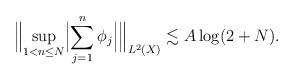
LaTeX: \begin{align*}\Bigl\lVert\sup _{1< n \leq N} \Bigl\lvert \sum_{j=1} ^{n} \phi _j\Bigr\rvert\Bigr\rVert _{L ^2 (X)} \lesssim A \log(2+ N) . \end{align*}